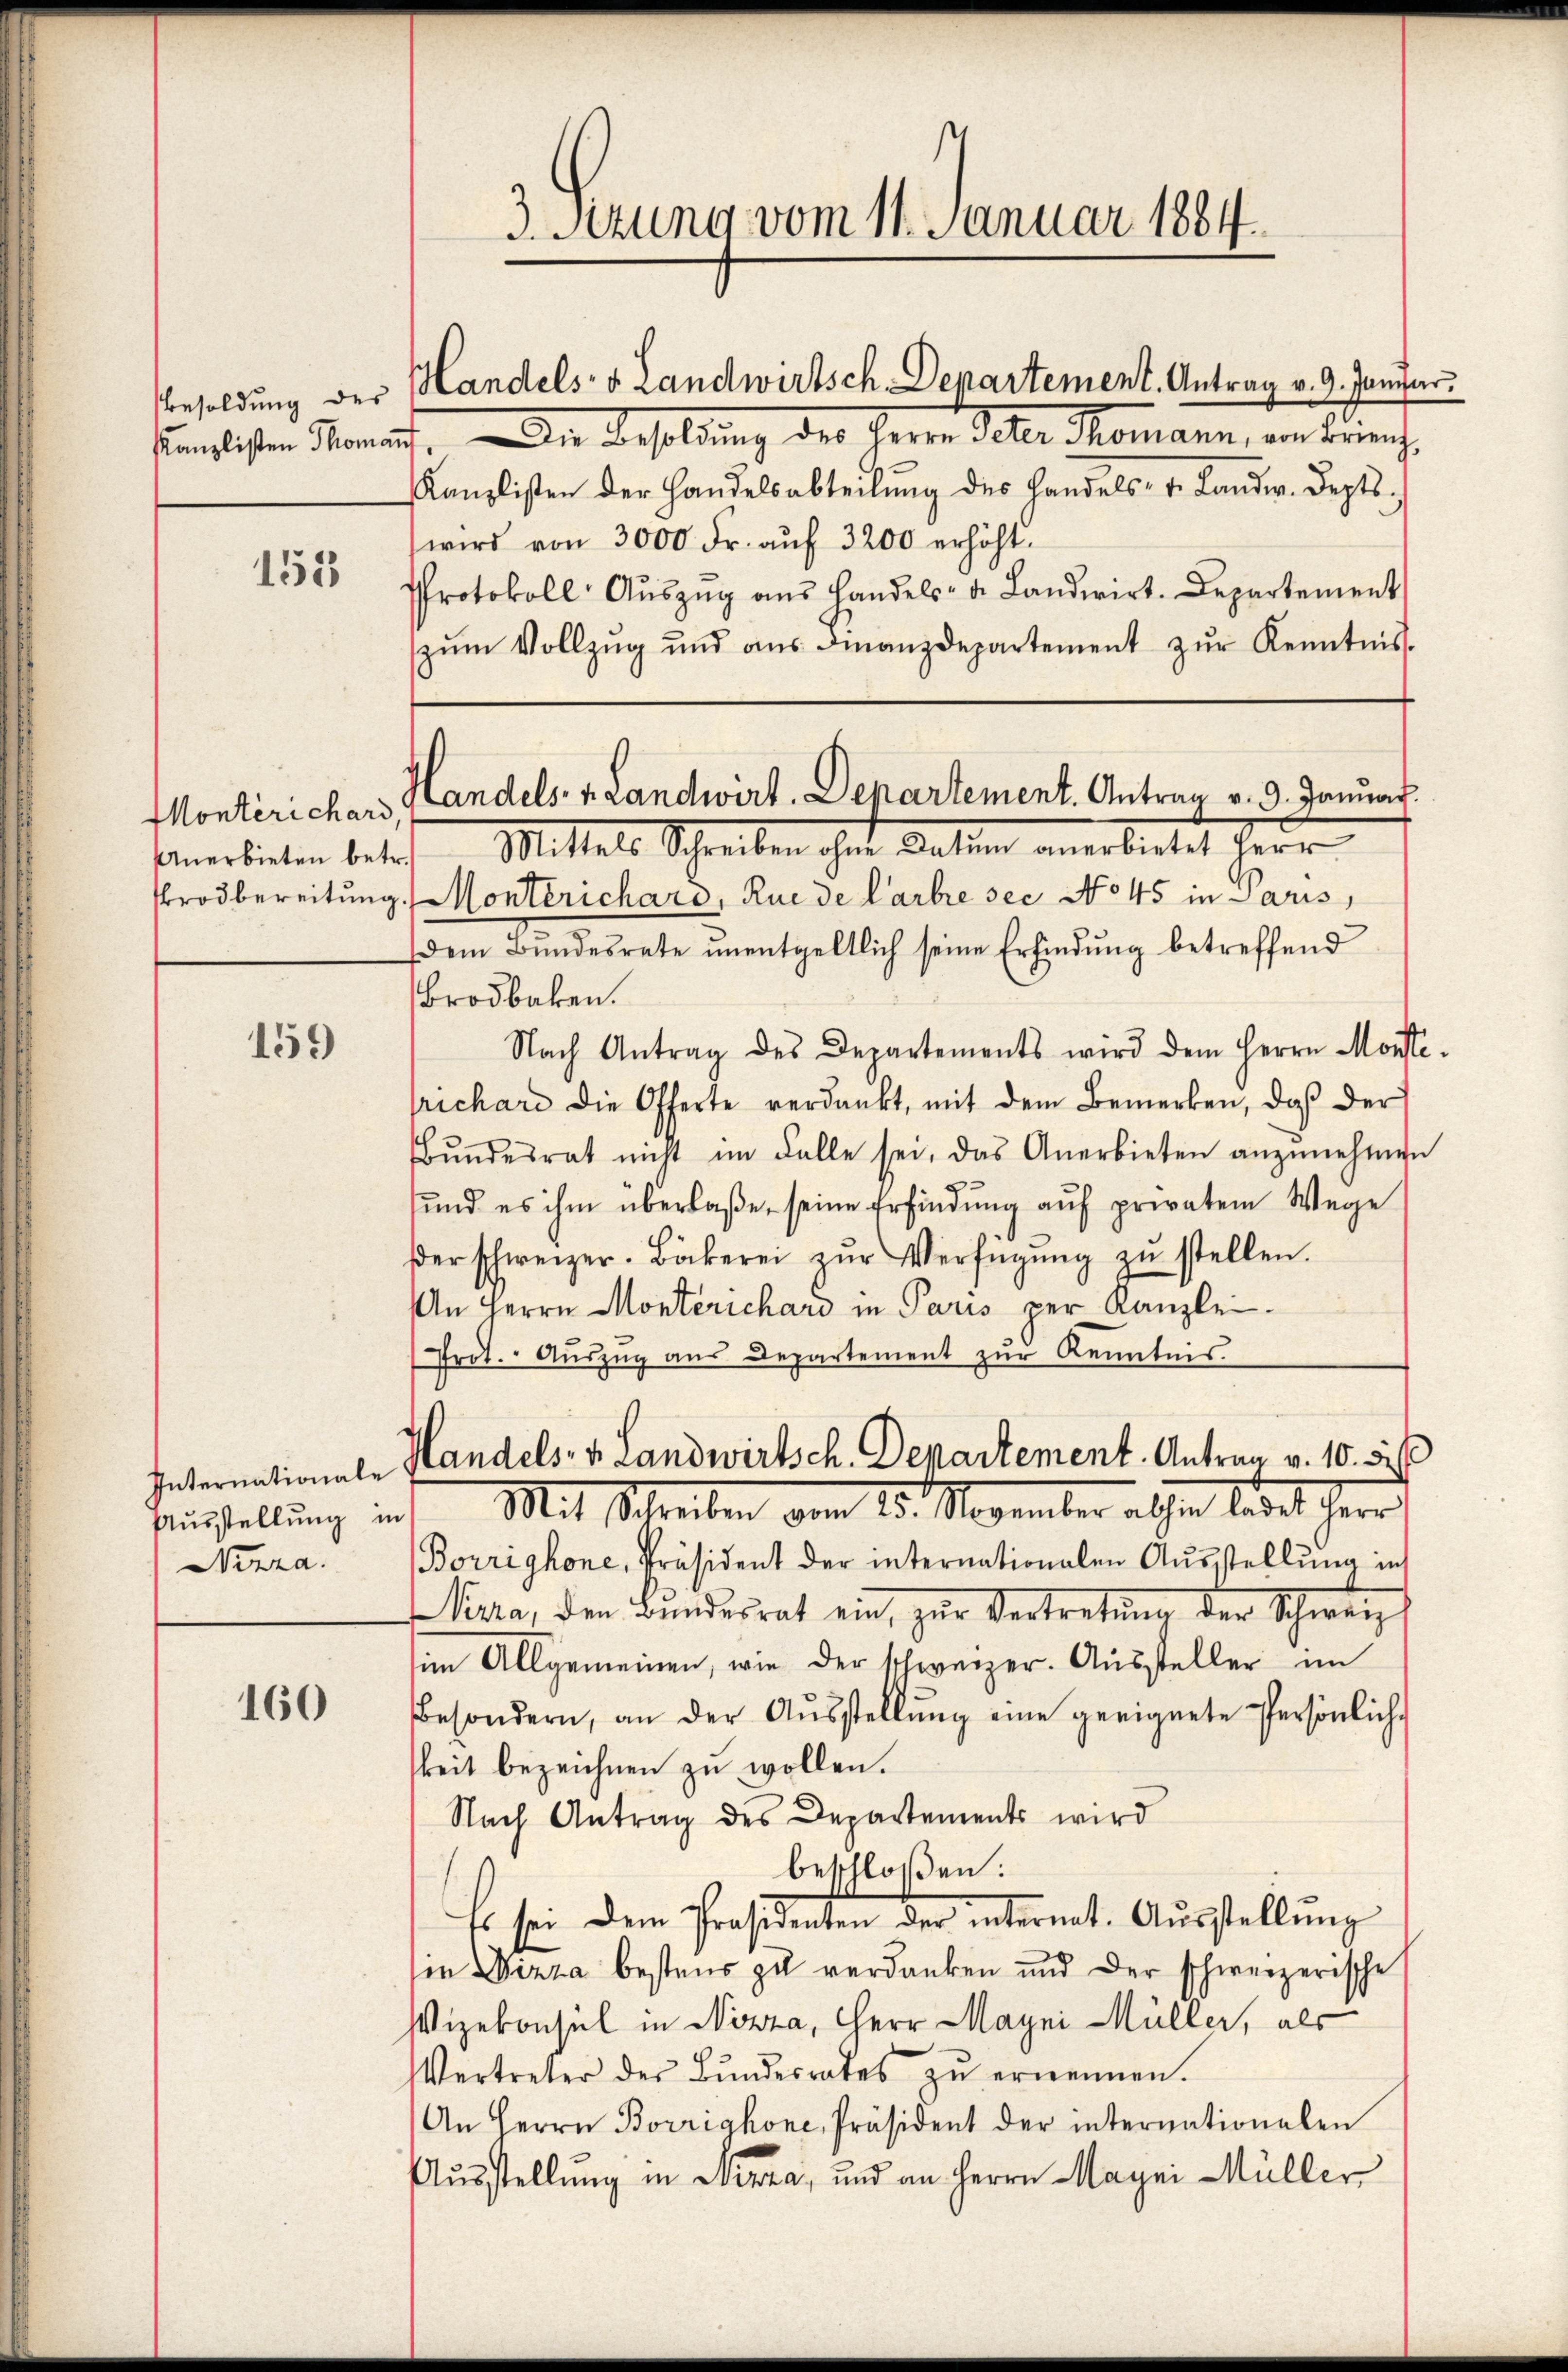
153

Monterichard,
Anerbieten betr.
Brodbereitung.

159

Internationale
Neera.

160

tenlisten Staat. Die Besoldung des Herrn Polte Romann, an Brief¬
Kanzlisten der Handelsabteilung des Handels- u. Lander. Deptswird von 3000 Fr. aŭf 3200 erhöht.
Protokoll Aŭszŭg aŭs Handels- u. Landwirt. Departement
zŭm Vollzŭg und aŭs Finanzdepartement zŭr Kenntnis.
Mittels Schreiben ihr Gatten anerbietet herr
Montericharo, Rue de Carbre sec No 45 in Laus
dem Bŭndesrate ŭnentgeltlich seine Erfindŭng betreffend
Brodbaken.
Nach Antrag des Departements wird dem Herrn Monstilrichare die Offerte verdankt, mit dem Bemerken, daβ der
Bŭndesrat nicht im Falle sei, das Anerbieten anzŭnehmen
und es ihm überlaße, seine Erfindung auf privatem Wege
βer schweizer-Bäckerei zŭr Verfügŭng zŭ stellen.
An Herrn Monterichard in Paris per Kanzlei.
Prot. Aŭszŭg aŭs Departement zŭr Kenntnis

3. Setzung vom 11. Januar 1884.

Besoldung der Handels- & Landwirtsch-Departement. Antrag v. 9. Januar

Landels. v. Landwirt. Departement. Antrag v. 9. Januar.

Handels- u. Landwirtsch. Departement. Antrag v. 10. 5
Ausstellung in Mit Schreiben vom 15. November abhin ladet herr

Borrighone, Präsident der internationalen Ausstellung in
Nica, den Bundesrat ein, zur Vertretung der Schweig
im Allgemeinen, wie der Schweizer. Aussteller im
Besondern, an der Aŭsstellŭng eine geeignete Persönlich-
keit bezeichnen zu wollen.
Nach Antrag des Departements wird
beschloßen:
Es sei dem Präsidenten der internt. Aŭsstellŭng
in Wizza bestens zu verdanken und der schweizerische
Vizekonsul in Nizza, Herr Mayni Müller, als
Vertreter der Bŭndesrates ernennen.
An Herrn Borrighone, Präsident der internationalen
Ausstellung in Nizza, und an Herrn Mayni Müller